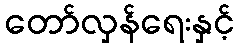
တော်လှန်ရေးနှင့်